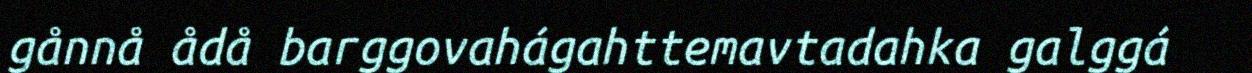
gånnå ådå barggovahágahttemavtadahka galggá